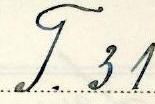
T. 31